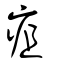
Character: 疽